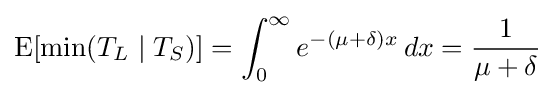
\operatorname {E} [\min(T_{L}\mid T_{S})]=\int _{0}^{\infty }e^{-(\mu +\delta )x}\,dx={\frac {1}{\mu +\delta }}